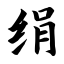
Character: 绢